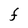
Character: F